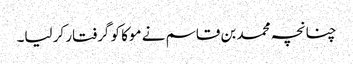
چنانچہ محمد بن قاسم نے موکا کو گرفتار کر لیا۔